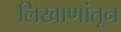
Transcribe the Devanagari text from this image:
लिखाणांतून